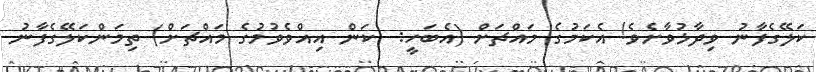
ކަލޭގެފާނު ވިދާޅުވާށެވެ! އެކަމުގެ މައްޗަށް (އެބަހީ:  ކަން އިއްވެވުމުގެ މައްޗަށް) ތިމަންކަލޭގެފާނު